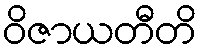
ဝိဇာယတီတိ